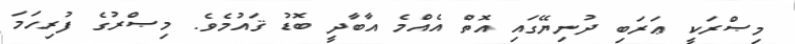
މިޞްރަކީ ޢަރަބި ދުނިޔޭގައި އޮތް އެއްމެ އާބާދީ ބޮޑު ޤައުމެވެ. މިޞްރުގެ ފުރިހަމަ